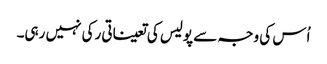
اُس کی وجہ سے پولیس کی تعیناتی رکی نہیں رہی۔